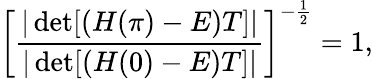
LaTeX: \left[\frac{|\operatorname*{det}[(H(\pi)-E)T]|}{|\operatorname*{det}[(H(0)-E)T]|}\right]^{-\frac{1}{2}}=1,